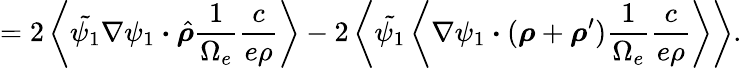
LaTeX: =2\left\langle\tilde{\psi_{1}}\nabla\psi_{1}\boldsymbol{\cdot}\hat{\boldsymbol{\rho}}\frac{1}{\Omega_{e}}\frac{c}{e\rho}\right\rangle-2\left\langle\tilde{\psi_{1}}\left\langle\nabla\psi_{1}\boldsymbol{\cdot}(\boldsymbol{\rho}+\boldsymbol{\rho}^{\prime})\frac{1}{\Omega_{e}}\frac{c}{e\rho}\right\rangle\right\rangle.